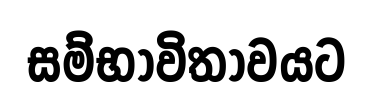
සම්භාවිතාවයට